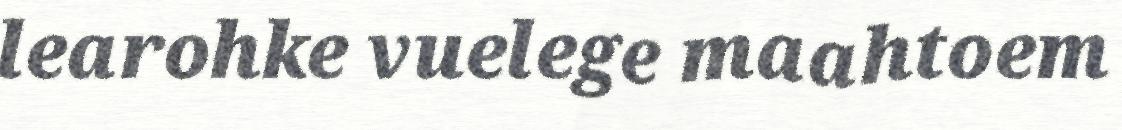
learohke vuelege maahtoem